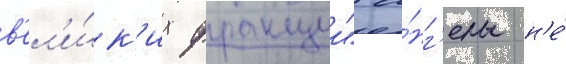
в'ел'и́к'их фракции" а́нг'елы н'е́